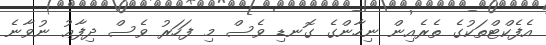
އެފެކްޓްތަކުގެ ތެރެއިން ނިހާންގެ ގޮނޑި ވެސް މި ފަހަރު ވެސް ދިފާޢު ނުވާނެ